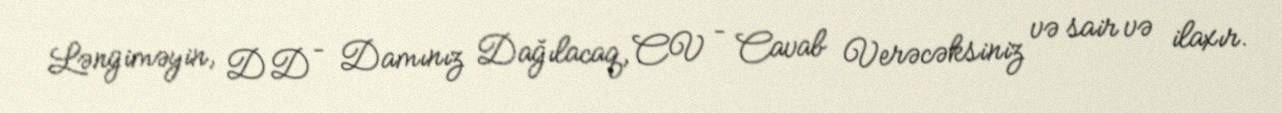
Ləngiməyin, DD – Damınız Dağılacaq, CV – Cavab Verəcəksiniz və sair və ilaxır.